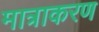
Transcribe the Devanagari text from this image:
मात्राकरण